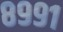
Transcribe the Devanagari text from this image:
८९९१